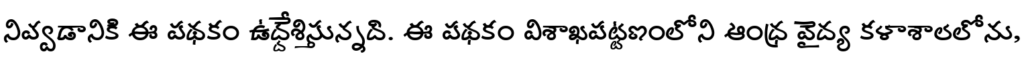
నివ్వడానికి ఈ పథకం ఉద్దేశిస్తున్నది. ఈ పథకం విశాఖపట్టణంలోని ఆంధ్ర వైద్య కళాశాలలోను,